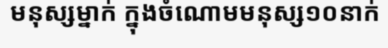
មនុស្សម្នាក់ ក្នុងចំណោមមនុស្ស១០នាក់